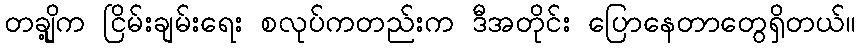
တချို့က ငြိမ်းချမ်းရေး စလုပ်ကတည်းက ဒီအတိုင်း ပြောနေတာတွေရှိတယ်။